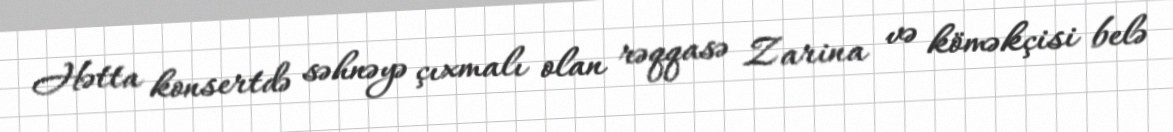
Hətta konsertdə səhnəyə çıxmalı olan rəqqasə Zarina və köməkçisi belə